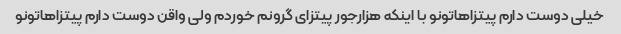
خیلی دوست دارم پیتزاهاتونو با اینکه هزارجور پیتزای گرونم خوردم ولی واقن دوست دارم پیتزاهاتونو